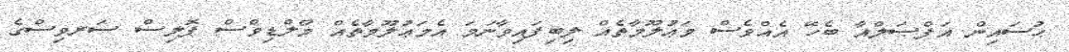
ޙުސައިން އަފްޞަލްއާ ބެހޭ އެއްވެސް މަޢުލޫމާތެއް ލިބިފައިވާނަމަ އެމަޢުލޫމާތެއް މޯލްޑިވްސް ޕޮލިސް ސަރވިސްގެ